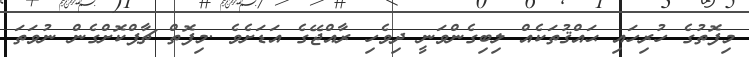
މިފޮތުގެ ހުރިހައި ޙައްޤުތަކެއް ލިބިގެންވަނީ ދިވެހި ރާއްޖޭގެ އަޑަށެވެ .މިފޮތް ޗާޕްކޮށްގެން ނުވަތަ